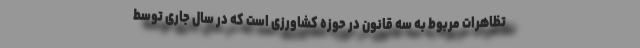
تظاهرات مربوط به سه قانون در حوزه کشاورزی است که در سال جاری توسط